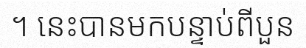
។ នេះបានមកបន្ទាប់ពីបួន